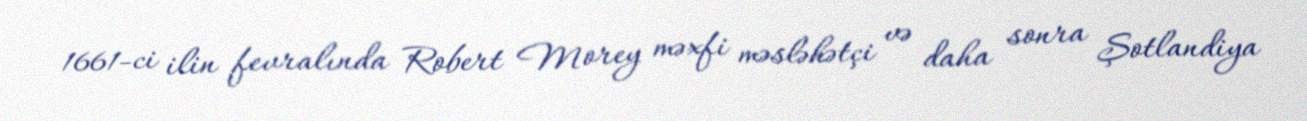
1661-ci ilin fevralında Robert Morey məxfi məsləhətçi və daha sonra Şotlandiya